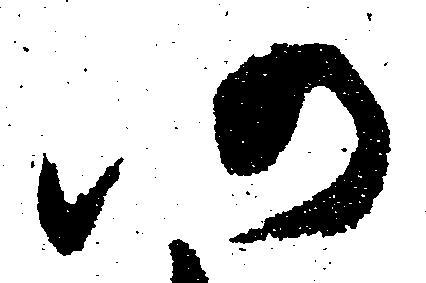
仍